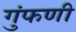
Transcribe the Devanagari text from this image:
गुंफणी